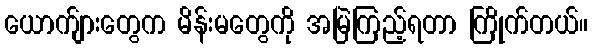
ယောက်ျားတွေက မိန်းမတွေကို အမြဲကြည့်ရတာ ကြိုက်တယ်။